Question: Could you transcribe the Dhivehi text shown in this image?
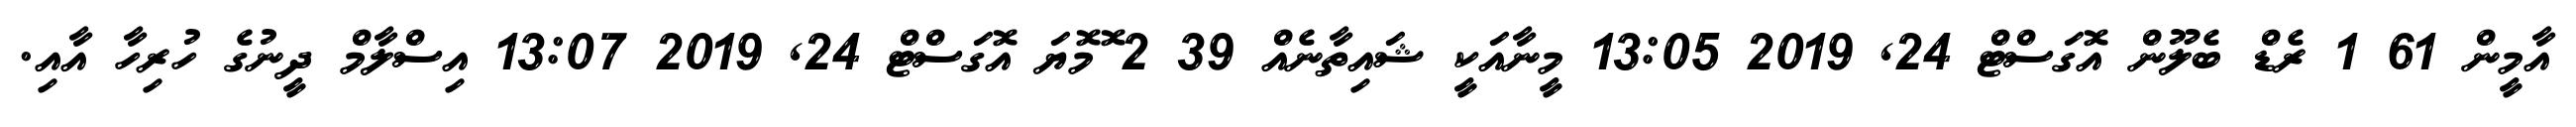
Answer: އާމީން 61 1 ރެޑް ބެލޫން އޮގަސްޓް 24, 2019 13:05 މީނާއަކީ ޝައިތާނެއް 39 2 ޮމޮޔަ އޮގަސްޓް 24, 2019 13:07 އިސްލާމް ދީނުގެ ހުރިހާ އާއި.